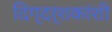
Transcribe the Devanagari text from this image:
दिग्दर्शकांशी